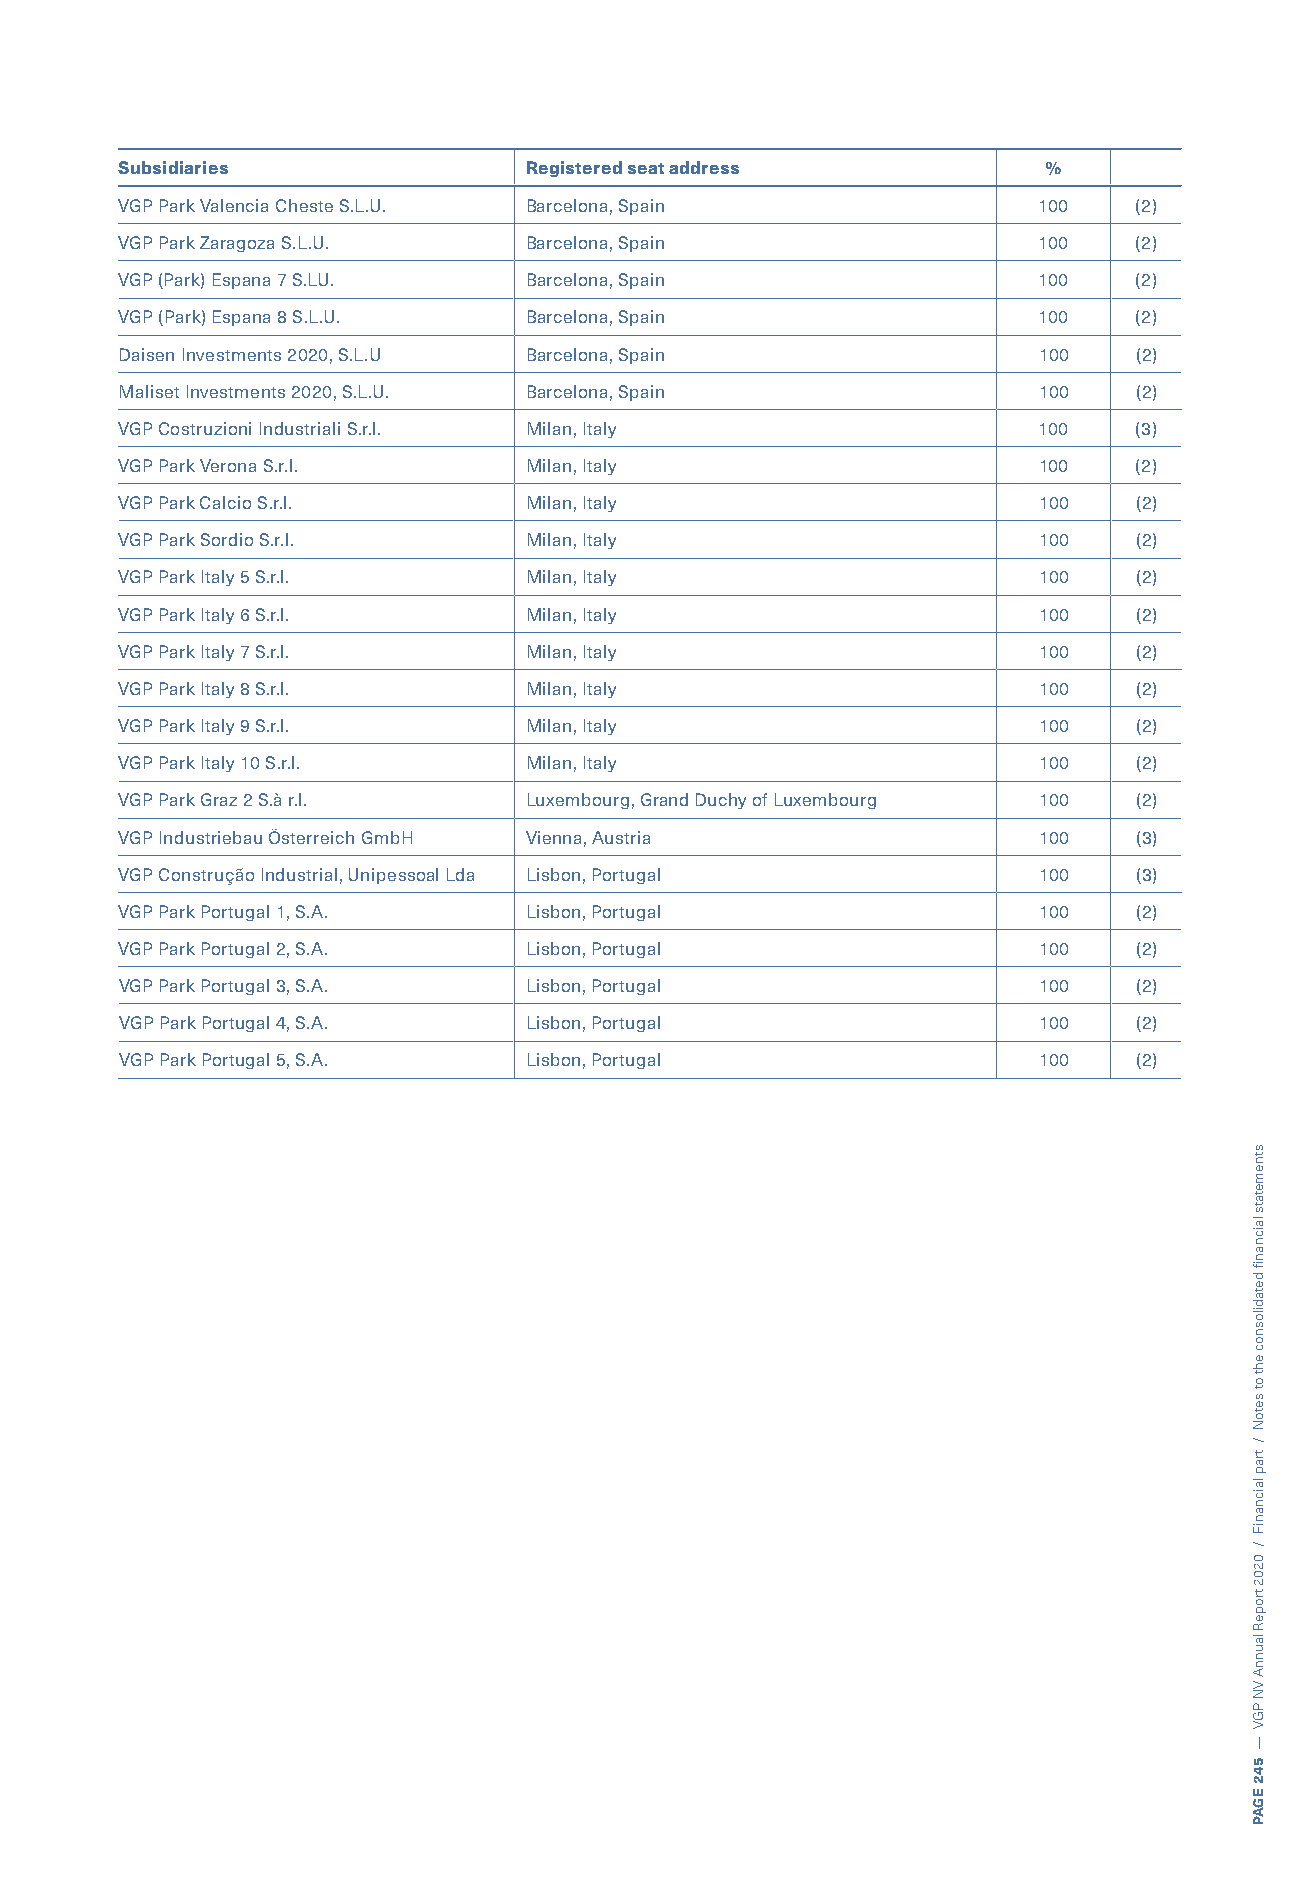
Subsidiaries               Registered seat address           %
 VGP Park Valencia Cheste S.L.U. Barcelona, Spain             100   (2)
 VGP Park Zaragoza S.L.U.   Barcelona, Spain                  100   (2)
 VGP (Park) Espana 7 S.LU.  Barcelona, Spain                  100   (2)
 VGP (Park) Espana 8 S.L.U. Barcelona, Spain                  100   (2)
 Daisen Investments 2020, S.L.U Barcelona, Spain              100   (2)
 Maliset Investments 2020, S.L.U. Barcelona, Spain            100   (2)
 VGP Costruzioni Industriali S.r.l. Milan, Italy              100   (3)
 VGP Park Verona S.r.l.     Milan, Italy                      100   (2)
 VGP Park Calcio S.r.l.     Milan, Italy                      100   (2)
 VGP Park Sordio S.r.l.     Milan, Italy                      100   (2)
 VGP Park Italy 5 S.r.l.    Milan, Italy                      100   (2)
 VGP Park Italy 6 S.r.l.    Milan, Italy                      100   (2)
 VGP Park Italy 7 S.r.l.    Milan, Italy                      100   (2)
 VGP Park Italy 8 S.r.l.    Milan, Italy                      100   (2)
 VGP Park Italy 9 S.r.l.    Milan, Italy                      100   (2)
 VGP Park Italy 10 S.r.l.   Milan, Italy                      100   (2)
 VGP Park Graz 2 S.à r.l.   Luxembourg, Grand Duchy of Luxembourg 100 (2)
 VGP Industriebau Österreich GmbH Vienna, Austria             100   (3)
 VGP Construção Industrial, Unipessoal Lda Lisbon, Portugal   100   (3)
 VGP Park Portugal 1, S.A.  Lisbon, Portugal                  100   (2)
 VGP Park Portugal 2, S.A.  Lisbon, Portugal                  100   (2)
 VGP Park Portugal 3, S.A.  Lisbon, Portugal                  100   (2)
 VGP Park Portugal 4, S.A.  Lisbon, Portugal                  100   (2)
 VGP Park Portugal 5, S.A.  Lisbon, Portugal                  100   (2)
 stnemetats
 laicnanif
 detadilosnoc
 eht
 ot
 setoN
 /
 trap
 laicnaniF
 /
 0202
 tropeR
 launnA
 VN
 PGV
 —
 542
 EGAP